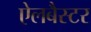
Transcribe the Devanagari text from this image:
ऐलबैस्टर